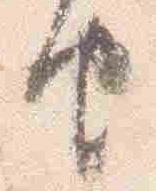
由